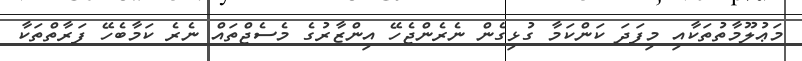
މަޢުލޫމާތުތަކާއި މިފަދަ ކަންކަމާ ގުޅިގެން ނެރެންޖެހޭ އިންޒާރުގެ މެސެޖްތައް ނެރެ ކަމާބެހޭ ފަރާތްތަކާ